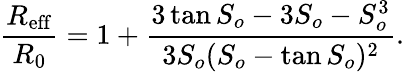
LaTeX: \frac{R_{\mathrm{eff}}}{R_{0}}=1+\frac{3\tan S_{o}-3S_{o}-S_{o}^{3}}{3S_{o}(S_{o}-\tan S_{o})^{2}}.